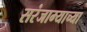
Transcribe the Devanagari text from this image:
सरंजाम्याच्या